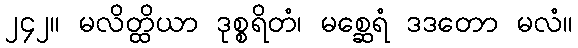
၂၄၂။ မလိတ္ထိယာ ဒုစ္စရိတံ၊ မစ္ဆေရံ ဒဒတော မလံ။